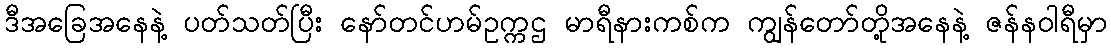
ဒီအခြေအနေနဲ့ ပတ်သတ်ပြီး နော်တင်ဟမ်ဥက္ကဌ မာရီနားကစ်က ကျွန်တော်တို့အနေနဲ့ ဇန်နဝါရီမှာ